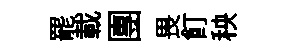
罷載團畏飣秧